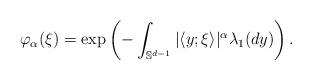
LaTeX: \begin{align*}\varphi_\alpha(\xi) = \exp\left(- \int_{\mathbb{S}^{d-1}} |\langle y;\xi \rangle|^\alpha \lambda_1(dy)\right).\end{align*}